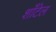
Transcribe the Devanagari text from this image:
शाँटेल